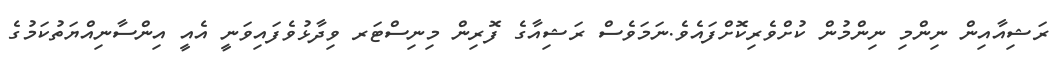
ރަޝިއާއިން ނިންމި ނިންމުން ކުށްވެރިކޮށްފައެވެ.ނަމަވެސް ރަޝިއާގެ ފޮރިން މިނިސްޓަރ ވިދާޅުވެފައިވަނީ އެއީ އިންސާނިއްޔަތުކަމުގެ